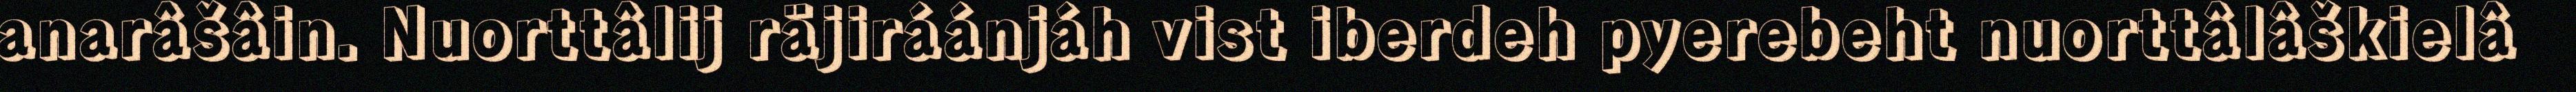
anarâšâin. Nuorttâlij räjiráánjáh vist iberdeh pyerebeht nuorttâlâškielâ